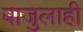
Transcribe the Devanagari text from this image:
बाजुलाही